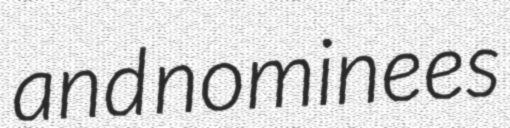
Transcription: and nominees